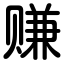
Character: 赚